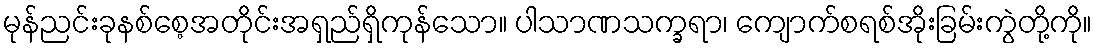
မုန်ညင်းခုနစ်စေ့အတိုင်းအရှည်ရှိကုန်သော။ ပါသာဏသက္ခရာ၊ ကျောက်စရစ်အိုးခြမ်းကွဲတို့ကို။